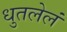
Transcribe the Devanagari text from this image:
धुतलेलं